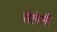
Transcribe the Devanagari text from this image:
सैलेसी